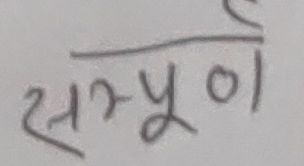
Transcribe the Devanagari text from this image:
सम्पूर्ण